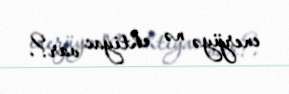
enerjiyə nə ehtiyac var?.